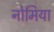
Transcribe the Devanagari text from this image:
नोमिया